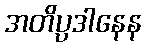
အတိပ္ပဒါနေန